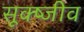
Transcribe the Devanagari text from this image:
सूक्ष्जीव